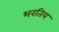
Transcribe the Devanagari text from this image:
भरतिय